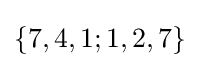
\{7,4,1;1,2,7\}